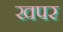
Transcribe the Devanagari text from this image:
खपर